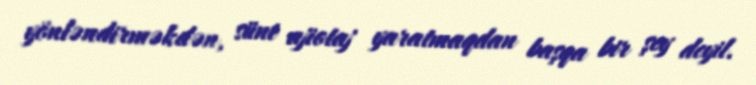
yönləndirməkdən, süni ajiotaj yaratmaqdan başqa bir şey deyil.